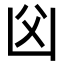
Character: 𠚁